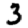
Digit: 3